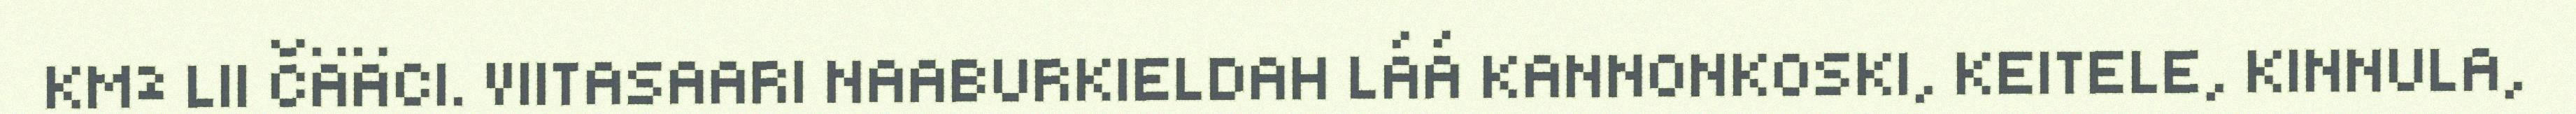
KM² LII ČÄÄCI. VIITASAARI NAABURKIELDAH LÁÁ KANNONKOSKI, KEITELE, KINNULA,